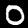
Label: 0